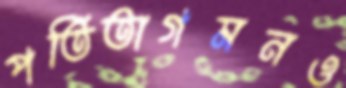
পতিতাগমনও